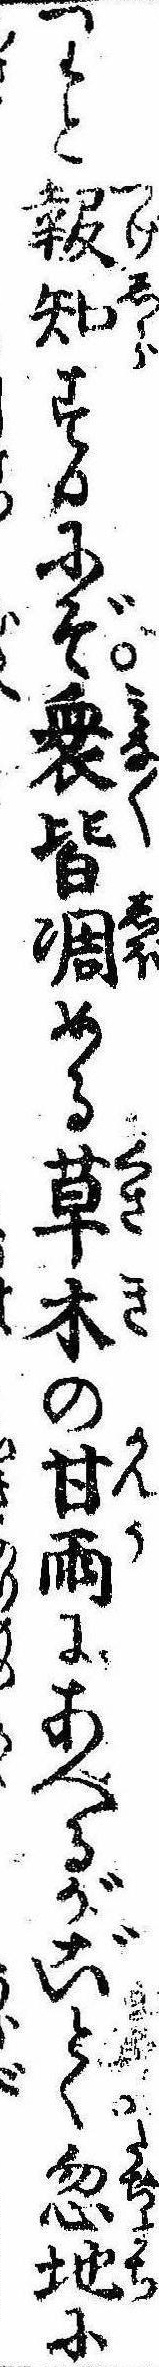
りと報知するにぞ衆皆凋める草木の甘雨にあへるがごとく忽地に